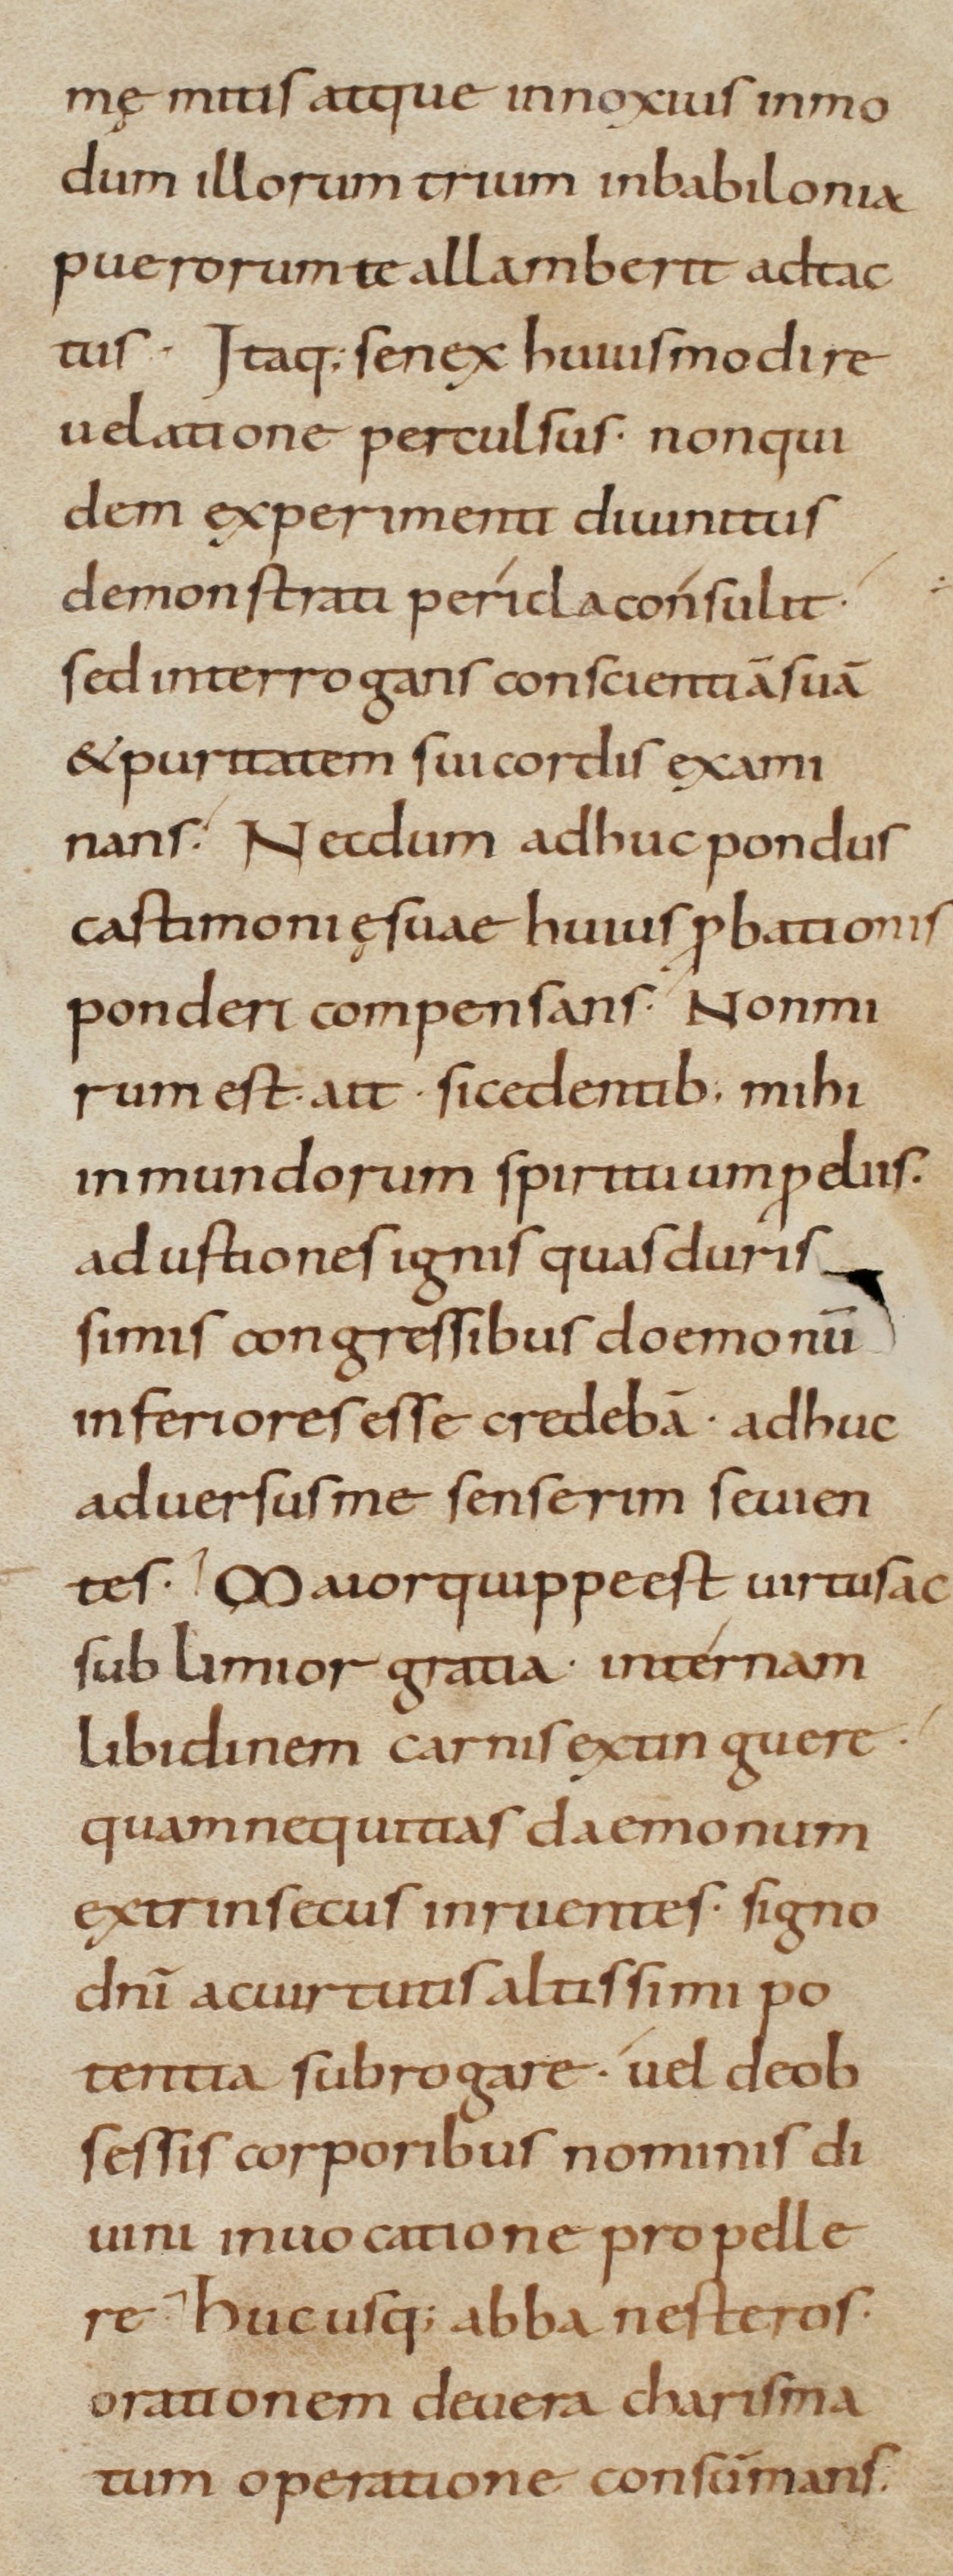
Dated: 800–899